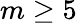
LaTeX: m\geq 5